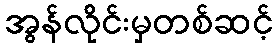
အွန်လိုင်းမှတစ်ဆင့်